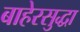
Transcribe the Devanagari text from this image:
बाहेरसुद्धा